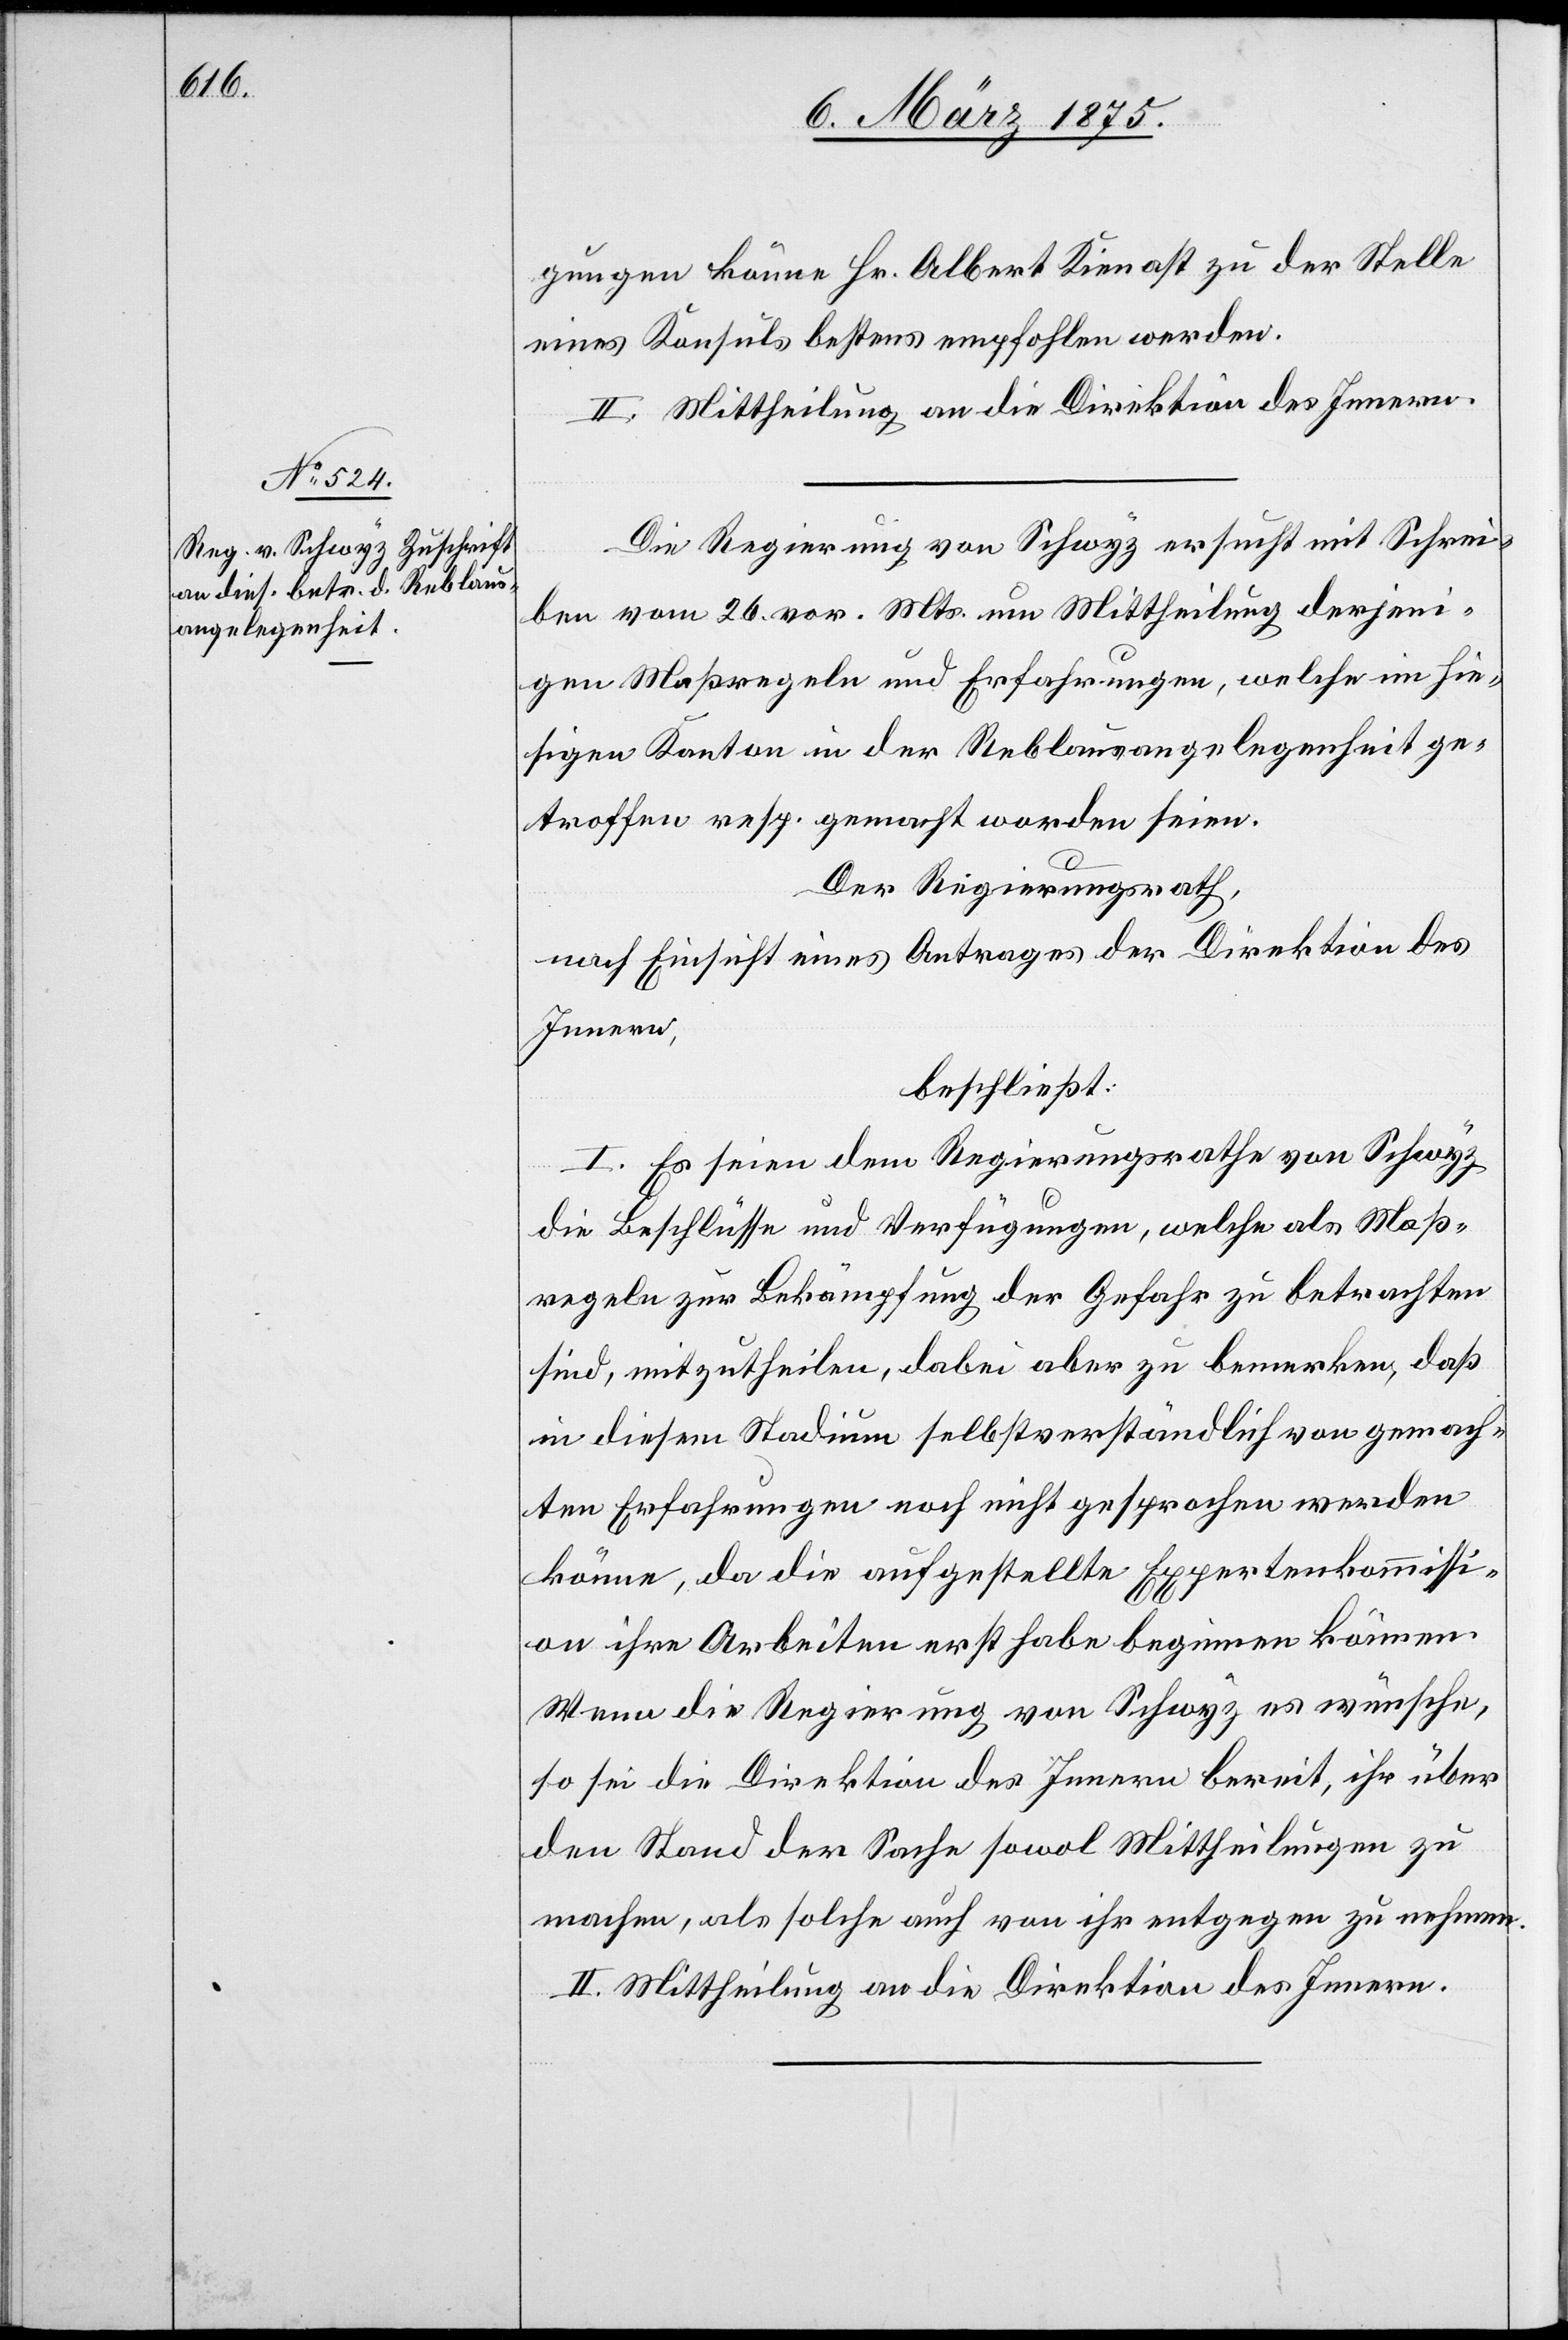
gungen könne Hr. Albert Kienast zu der Stelle
eines Konsuls bestens empfohlen werden.
II. Mittheilung an die Direktion des Innern.
Die Regierung von Schwyz ersucht mit Schrei¬
ben vom 26. vor. Mts. um Mittheilung derjeni¬
gen Maßregeln und Erfahrungen, welche im hie¬
sigen Kanton in der Reblausangelegenheit ge¬
troffen resp. gemacht worden seien.
Der Regierungsrath,
nach Einsicht eines Antrages der Direktion des
Innern,
beschließt:
I. Es seien dem Regierungsrathe von Schwyz
die Beschlusse und Verfügungen, welche als Maß¬
regeln zur Bekämpfung der Gefahr zu betrachten
sind, mitzutheilen, dabei aber zu bemerken, daß
in diesem Stadium selbstverständlich von gemach¬
ten Erfahrungen noch nicht gesprochen wurden
könne, da die aufgestellte Expertenkommissi¬
on ihre Arbeiten erst habe beginnen können.
Wenn die Regierung von Schwyz es wünsche,
so sei die Direktion des Innern bereit, ihr über
den Stand der Sache sowol Mittheilungen zu
machen, als solche auch von ihr entgegen zu nehmen.
II. Mittheilung an die Direktion des Innern.